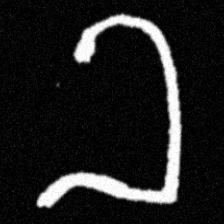
Pyu character \u2014 Myanmar letter: ခ (romanized: kha)